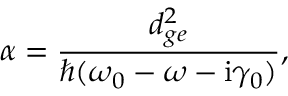
\alpha = \frac { d _ { g e } ^ { 2 } } { \hbar ( \omega _ { 0 } - \omega - \mathrm { i } \gamma _ { 0 } ) } ,